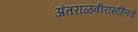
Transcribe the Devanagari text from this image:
अंतराळवीरांसहितचे